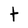
Character: t